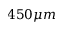
4 5 0 \mu m